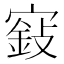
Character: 𡪵